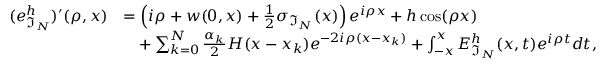
\begin{array} { r l } { ( e _ { \mathfrak { I } _ { N } } ^ { h } ) ^ { \prime } ( \rho , x ) } & { = \left( i \rho + w ( 0 , x ) + \frac { 1 } { 2 } \sigma _ { \mathfrak { I } _ { N } } ( x ) \right) e ^ { i \rho x } + h \cos ( \rho x ) } \\ & { \quad + \sum _ { k = 0 } ^ { N } \frac { \alpha _ { k } } { 2 } H ( x - x _ { k } ) e ^ { - 2 i \rho ( x - x _ { k } ) } + \int _ { - x } ^ { x } E _ { \mathfrak { I } _ { N } } ^ { h } ( x , t ) e ^ { i \rho t } d t , } \end{array}